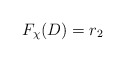
\begin{align*}F_\chi(D)=r_2\end{align*}